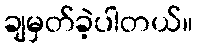
ချမှတ်ခဲ့ပါတယ်။